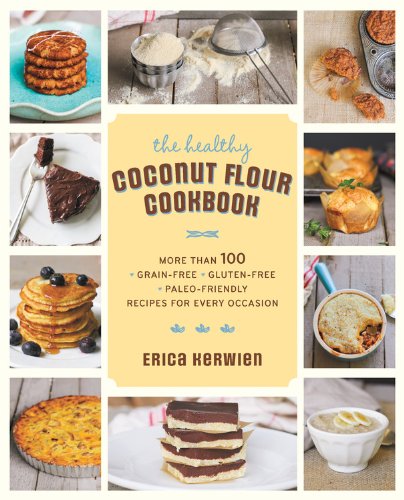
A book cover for The Healthy Coconut Flour Cookbook: More than 100 *Grain-Free *Gluten-Free *Paleo-Friendly Recipes for Every Occasion; Erica Kerwien; Cookbooks, Food & Wine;